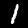
Digit: 1